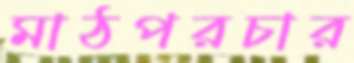
মাঠপরচার